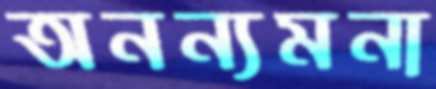
অনন্যমনা